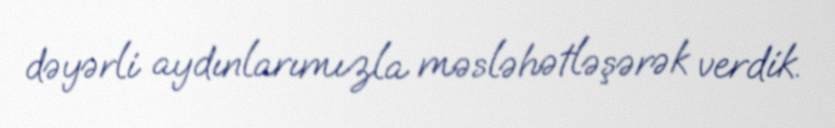
dəyərli aydınlarımızla məsləhətləşərək verdik.